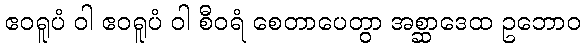
ဧဝရူပံ ဝါ ဧဝရူပံ ဝါ စီဝရံ စေတာပေတွာ အစ္ဆာဒေထ ဥဘောဝ